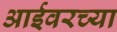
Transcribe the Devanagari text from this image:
आईवरच्या